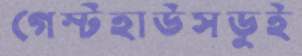
গেস্টহাউসডুই